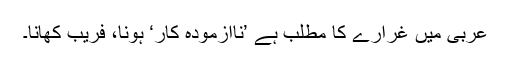
عربی میں غرارے کا مطلب ہے ’ناآزمودہ کار‘ ہونا، فریب کھانا۔